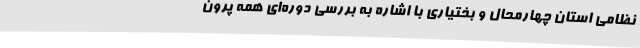
نظامی استان چهارمحال و بختیاری با اشاره به بررسی دوره‌ای همه پرون